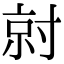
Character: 𡬱